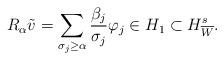
LaTeX: \begin{align*}R_{\alpha} \tilde{v} = \sum\limits_{\sigma_j \geq \alpha} \frac{\beta_j}{\sigma_j} \varphi_j \in H_1 \subset H^{s}_{\overline{W}}.\end{align*}